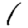
Digit: 1